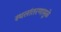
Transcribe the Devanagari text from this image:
स्थलांतरणामुळे